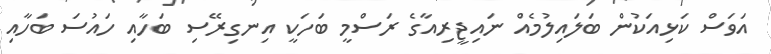
އަވަސް ކަޅިއަކުން ބަލައިލުމެއް ނައިޖީރިއާގެ ރަސްމީ ބަހަކީ އިނގިރޭސި ބަހާއި ހައުސަ ބަހާއި